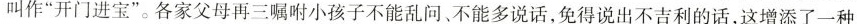
叫作”开门进宝”。各家父母再三嘱咐小孩子不能乱问，不能多说话，免得说出不吉利的话，这增添了一种